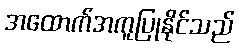
အထောက်အကူပြုနိုင်သည်